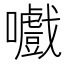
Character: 嚱